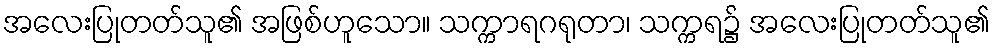
အလေးပြုတတ်သူ၏ အဖြစ်ဟူသော။ သက္ကာရဂရုတာ၊ သက္ကရ၌ အလေးပြုတတ်သူ၏